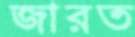
জারত